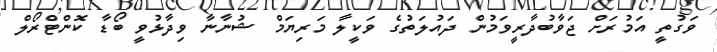
ވަގުތީ އަމުރަށް ޖަވާބުދާރީވަމުން ދައުލަތުގެ ވަކީލާ މަރިޔަމް ޝުނާނާ ވިދާޅުވީ ބޯޑާ ކޮންޓްރޯލް